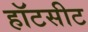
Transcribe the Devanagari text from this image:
हॉटसीट